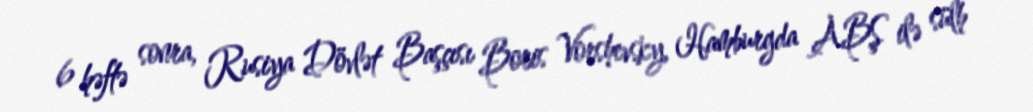
6 həftə sonra, Rusiya Dövlət Başçısı Boris Vorshevsky, Hamburgda ABŞ ilə sülh